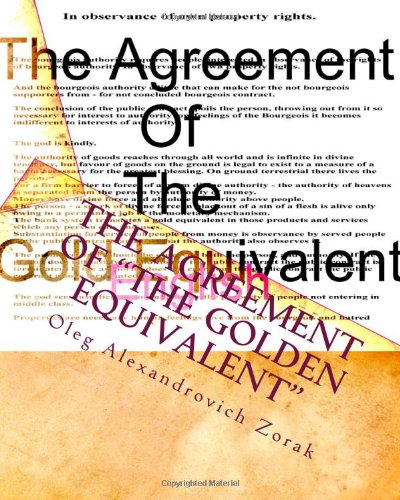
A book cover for The Agreement of "The Golden Equivalent" (Russian Edition); Oleg Alexandrovich Zorak; Law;